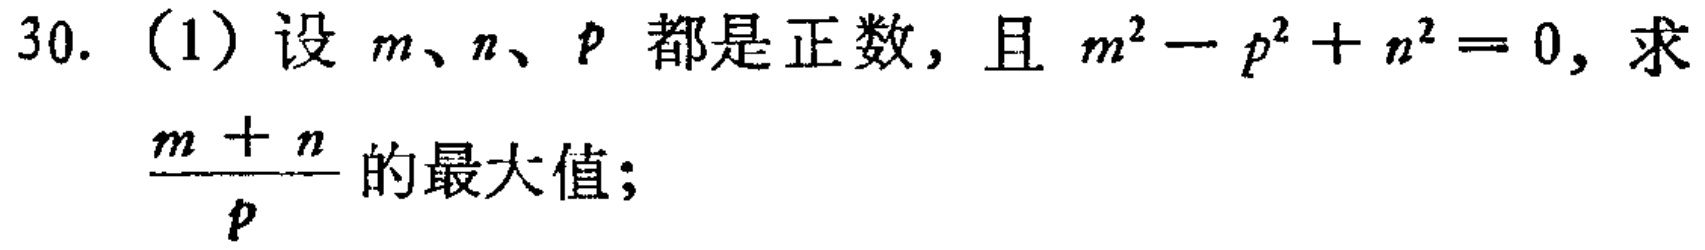
30. (1) 设 \(m、n、p\) 都是正数，且 \(m^{2}-p^{2}+n^{2}=0\)，求 \(\frac{m + n}{p}\) 的最大值；